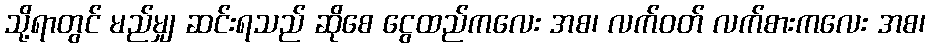
သို့ရာတွင် မည်မျှ ဆင်းရသည် ဆိုစေ ငွေထည်ကလေး အစ၊ လက်ဝတ် လက်စားကလေး အစ၊